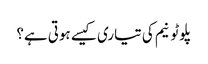
پلوٹونیم کی تیاری کیسے ہوتی ہے؟